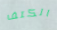
الكتف